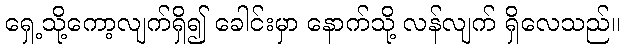
ရှေ့သို့ကော့လျက်ရှိ၍ ခေါင်းမှာ နောက်သို့ လန်လျက် ရှိလေသည်။